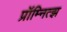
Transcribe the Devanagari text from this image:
प्रॉम्नित्झ